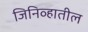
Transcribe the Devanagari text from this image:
जिनिव्हातील